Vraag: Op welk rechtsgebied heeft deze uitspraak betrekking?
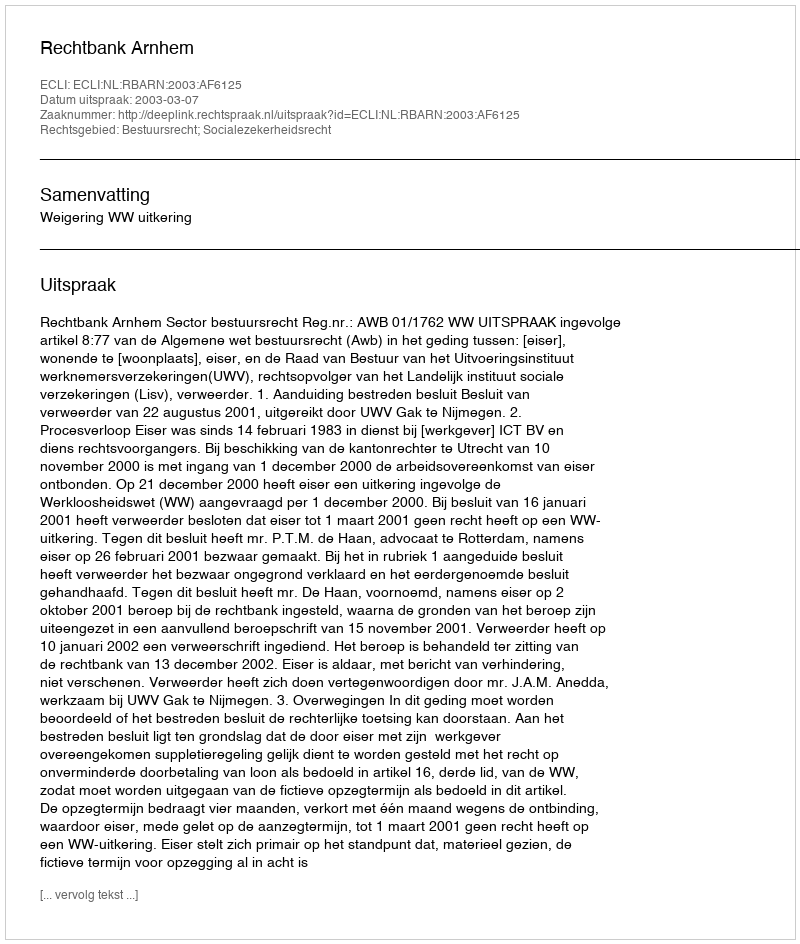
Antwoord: Bestuursrecht; Socialezekerheidsrecht